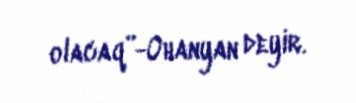
olacaq”-Ohanyan deyir.